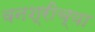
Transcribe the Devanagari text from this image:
वनश्रीच्या